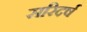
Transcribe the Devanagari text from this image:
सरिदर्ष